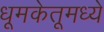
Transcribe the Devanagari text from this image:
धूमकेतूमध्ये